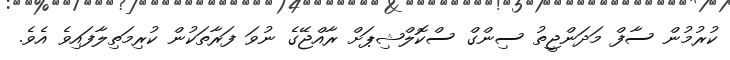
ކުރުމުން ސާފް މަދަންޖީތު ސިންގް ސްކޮލްޝިޕަށް ރާއްޖޭގެ ނުވަ ފަރާތަކުން ކުރިމަތިލާފައިވެ އެވެ.